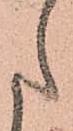
た